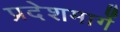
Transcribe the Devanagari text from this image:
प्रदेशमार्गे